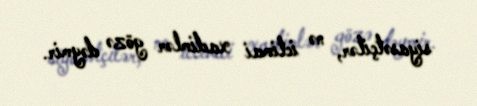
siyasətçilər, nə ictimai xadimlər gözə dəymir.